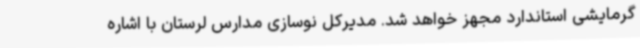
گرمایشی استاندارد مجهز خواهد شد. مدیرکل نوسازی مدارس لرستان با اشاره